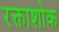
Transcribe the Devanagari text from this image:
रक्ताशोक